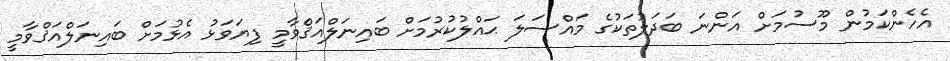
އެހެންކަމުން މޫސުމަށް އަންނަ ބަދަލުތަކުގެ މައްސަލަ ޙައްލުކުރުމަށް ބައިނަލްއަޤްވާމީ ފިޔަވަޅު އެޅުމަށް ބައިނަލްއަޤްވާމީ